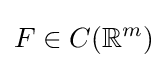
F\in C(\mathbb {R} ^{m})